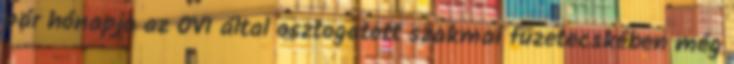
pár hónapja az OVI által osztogatott szakmai füzetecskében még